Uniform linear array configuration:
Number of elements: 4
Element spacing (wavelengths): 0.5
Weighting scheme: uniform
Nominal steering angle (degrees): -30
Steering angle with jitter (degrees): -31.63
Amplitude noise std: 0.05
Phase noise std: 0.05

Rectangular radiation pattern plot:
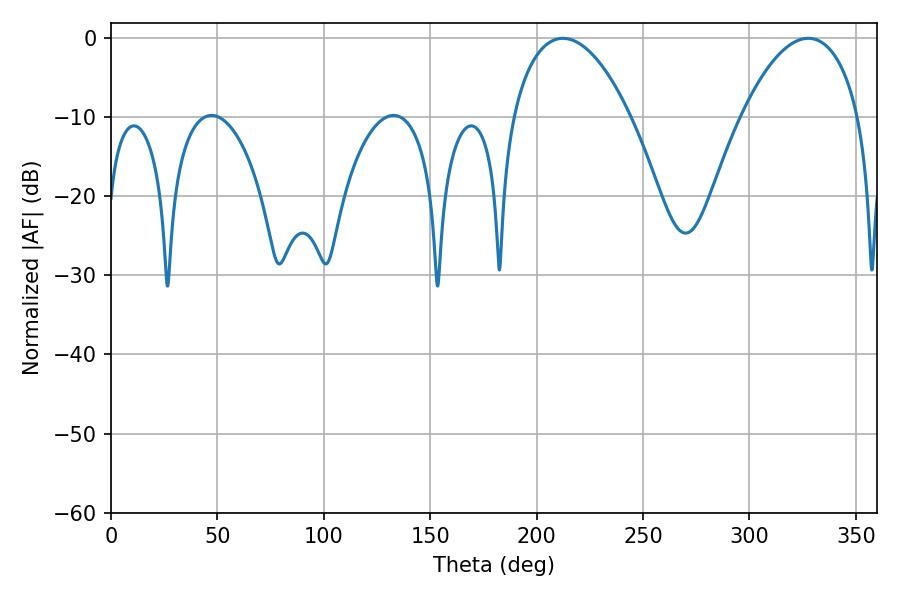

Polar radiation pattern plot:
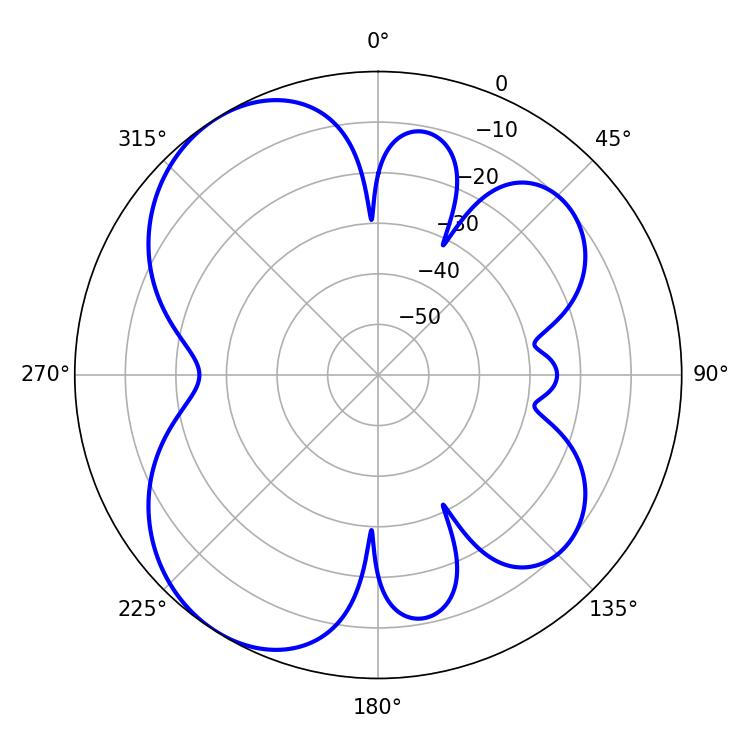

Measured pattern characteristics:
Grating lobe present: FALSE
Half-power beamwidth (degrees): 31.14
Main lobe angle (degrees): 327.6